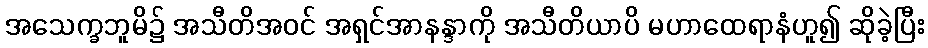
အသေက္ခဘူမိ၌ အသီတိအဝင် အရှင်အာနန္ဒာကို အသီတိယာပိ မဟာထေရာနံဟူ၍ ဆိုခဲ့ပြီး